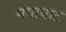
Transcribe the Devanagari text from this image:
गंगापाट